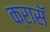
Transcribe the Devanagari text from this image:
क्रासॅ